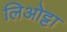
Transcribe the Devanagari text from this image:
लिओट्टा